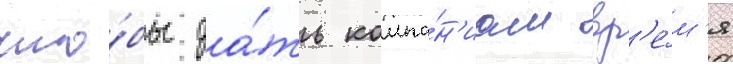
что́бы да́ть компа́н'иам вр'е́м'я